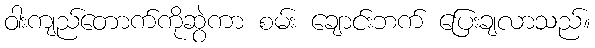
ဝါးကျည်တောက်ကိုဆွဲကာ စမ်း ချောင်းဘက် ပြေးချလာသည်။